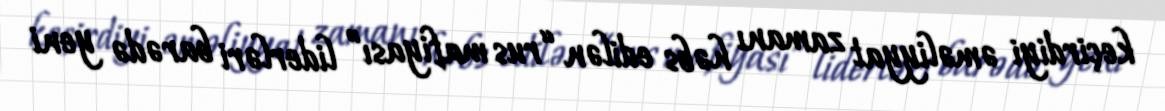
keçirdiyi əməliyyat zamanı həbs edilən “rus mafiyası” liderləri barədə yeni